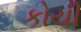
કોયી